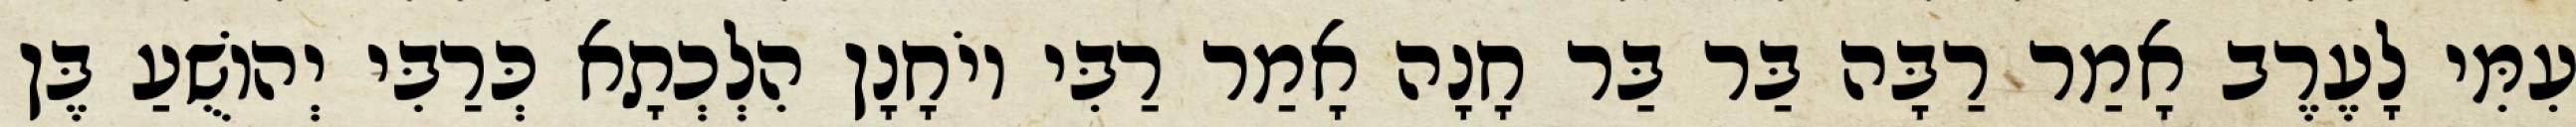
עִמִּי לָעֶרֶב אָמַר רַבָּה בַּר בַּר חָנָה אָמַר רַבִּי יוֹחָנָן הִלְכְתָא כְּרַבִּי יְהוֹשֻׁעַ בֶּן